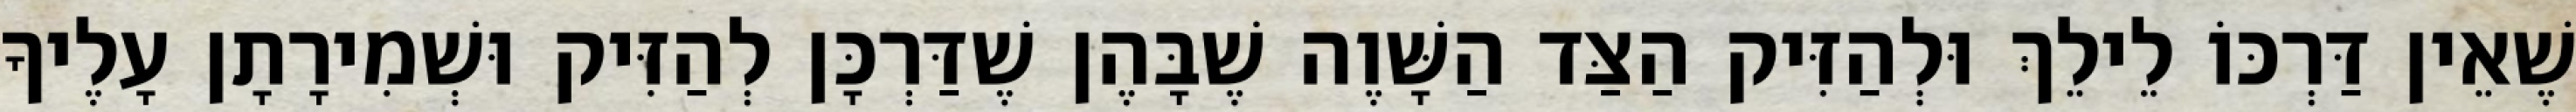
שֶׁאֵין דַּרְכּוֹ לֵילֵךְ וּלְהַזִּיק הַצַּד הַשָּׁוֶה שֶׁבָּהֶן שֶׁדַּרְכָּן לְהַזִּיק וּשְׁמִירָתָן עָלֶיךָ